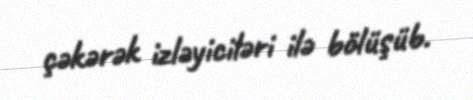
çəkərək izləyiciləri ilə bölüşüb.